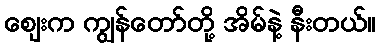
ဈေးက ကျွန်တော်တို့ အိမ်နဲ့ နီးတယ်။